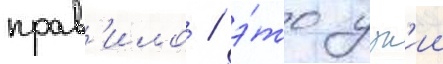
прав'ило / э́то узк'ии